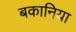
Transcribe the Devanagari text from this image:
बकानिया